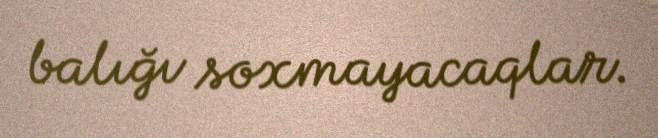
balığı soxmayacaqlar.